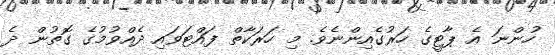
ހުންނަ އެ ޕާޓީގެ ހަރުގެއިންނެވެ. މި ހަރަކާތް ފައްޓަވައި ދެއްވުމުގެ ގޮތުން ދެ